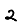
Digit: 2